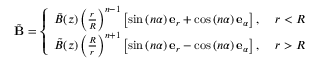
\tilde { \mathbf { B } } = \left\{ \begin{array} { l l } { \tilde { B } ( z ) \left( \frac { r } { R } \right) ^ { n - 1 } \left[ \sin \left( n \alpha \right) \mathbf { e } _ { r } + \cos \left( n \alpha \right) \mathbf { e } _ { \alpha } \right] , } & { \ r < R } \\ { \tilde { B } ( z ) \left( \frac { R } { r } \right) ^ { n + 1 } \left[ \sin \left( n \alpha \right) \mathbf { e } _ { r } - \cos \left( n \alpha \right) \mathbf { e } _ { \alpha } \right] , } & { \ r > R } \end{array} \right.